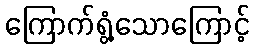
ကြောက်ရွံ့သောကြောင့်